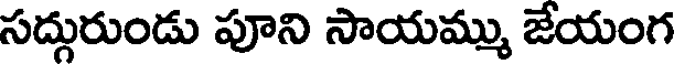
సద్గురుండు పూని సాయమ్ము జేయంగ